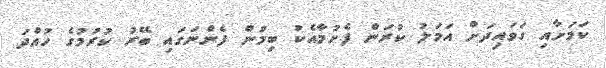
ކަމަށާއި ގަވައިދަށް އަމަލު ކުރަން ފެށުމާއެކު ބިމުން ފެންނަގައި ބޭރު ކުރުމުގެ ހުއްދަ